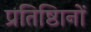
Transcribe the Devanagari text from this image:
प्रतिष्ठिानों